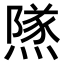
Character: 𨼾